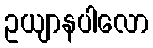
ဥယျာနပါလော